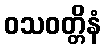
ဝသဝတ္တိနံ